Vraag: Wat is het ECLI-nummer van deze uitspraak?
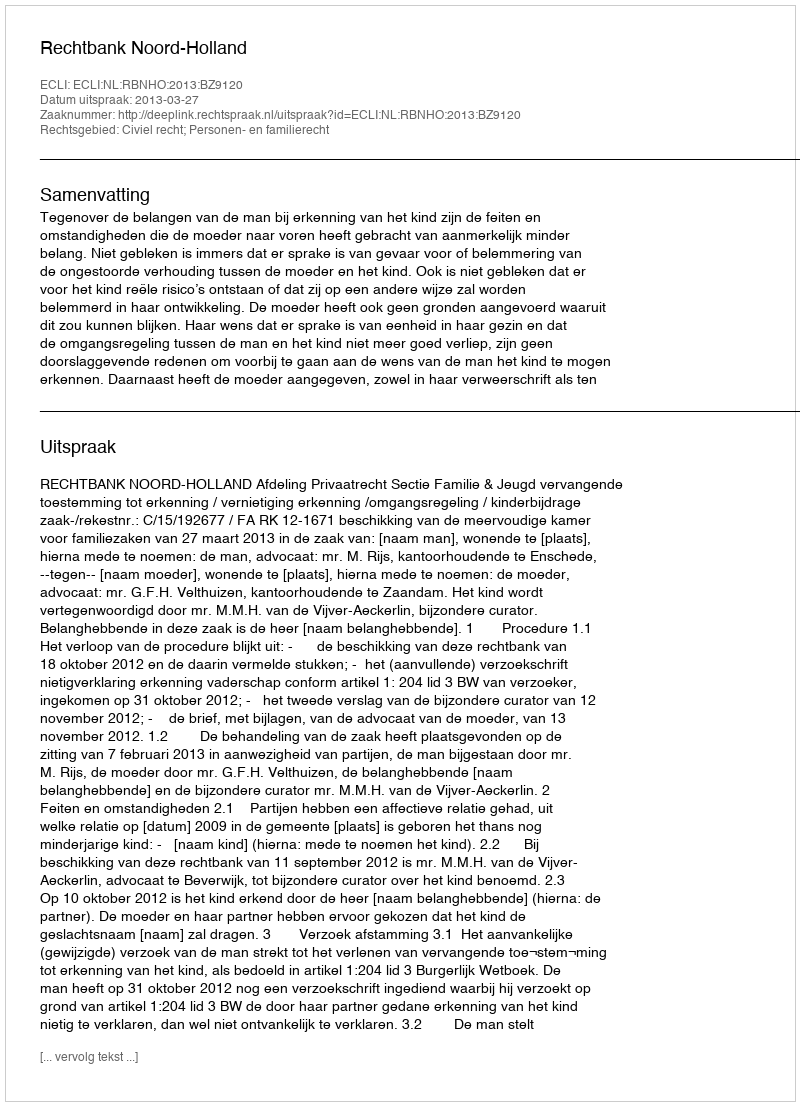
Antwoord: ECLI:NL:RBNHO:2013:BZ9120